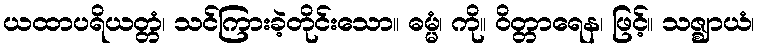
ယထာပရိယတ္တံ၊ သင်ကြားခဲ့တိုင်းသော။ ဓမ္မံ၊ ကို။ ဝိတ္တာရေန၊ ဖြင့်။ သဇ္ဈာယံ၊